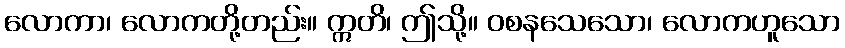
လောကာ၊ လောကတို့တည်း။ ဣတိ၊ ဤသို့။ ဝစနသေသော၊ လောကဟူသော